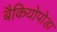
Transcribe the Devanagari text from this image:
बैकियोपोडा